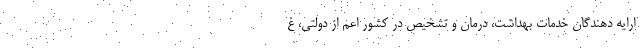
ارایه دهندگان خدمات بهداشت، درمان و تشخیص در کشور اعم از دولتی، غ